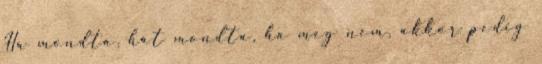
Ha mondta, hát mondta, ha meg nem, akkor pedig